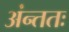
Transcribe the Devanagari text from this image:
अंन्ततः